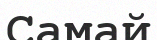
Самай